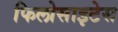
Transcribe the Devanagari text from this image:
फिलोसाइटेस